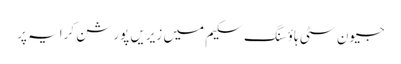
جیون سٹی ہاؤسنگ سکیم میں زیریں پورشن کرایہ پر